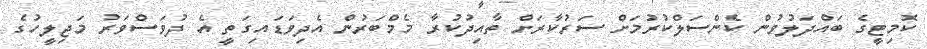
ކޮމިޓީގެ ބައްދަލުވުން ކެންސަލްކުރުމަށް ސަރުކާރަށް ތާއިދުކުރާ މެމްބަރުން އެދިވަޑައިގަތީ އެ ދުވަސްވަރު މަޖިލީހުގެ